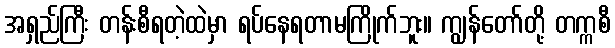
အရှည်ကြီး တန်းစီရတဲ့ထဲမှာ ရပ်နေရတာမကြိုက်ဘူး။ ကျွန်တော်တို့ တက္ကစီ